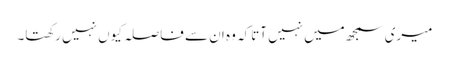
میری سمجھ میں نہیں آتاکہ وہ ان سے فاصلہ کیوں نہیں رکھتا۔